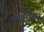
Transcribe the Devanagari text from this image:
मदनीश